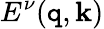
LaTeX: E^{\nu}(\mathtt{q},\mathbf{{k}})